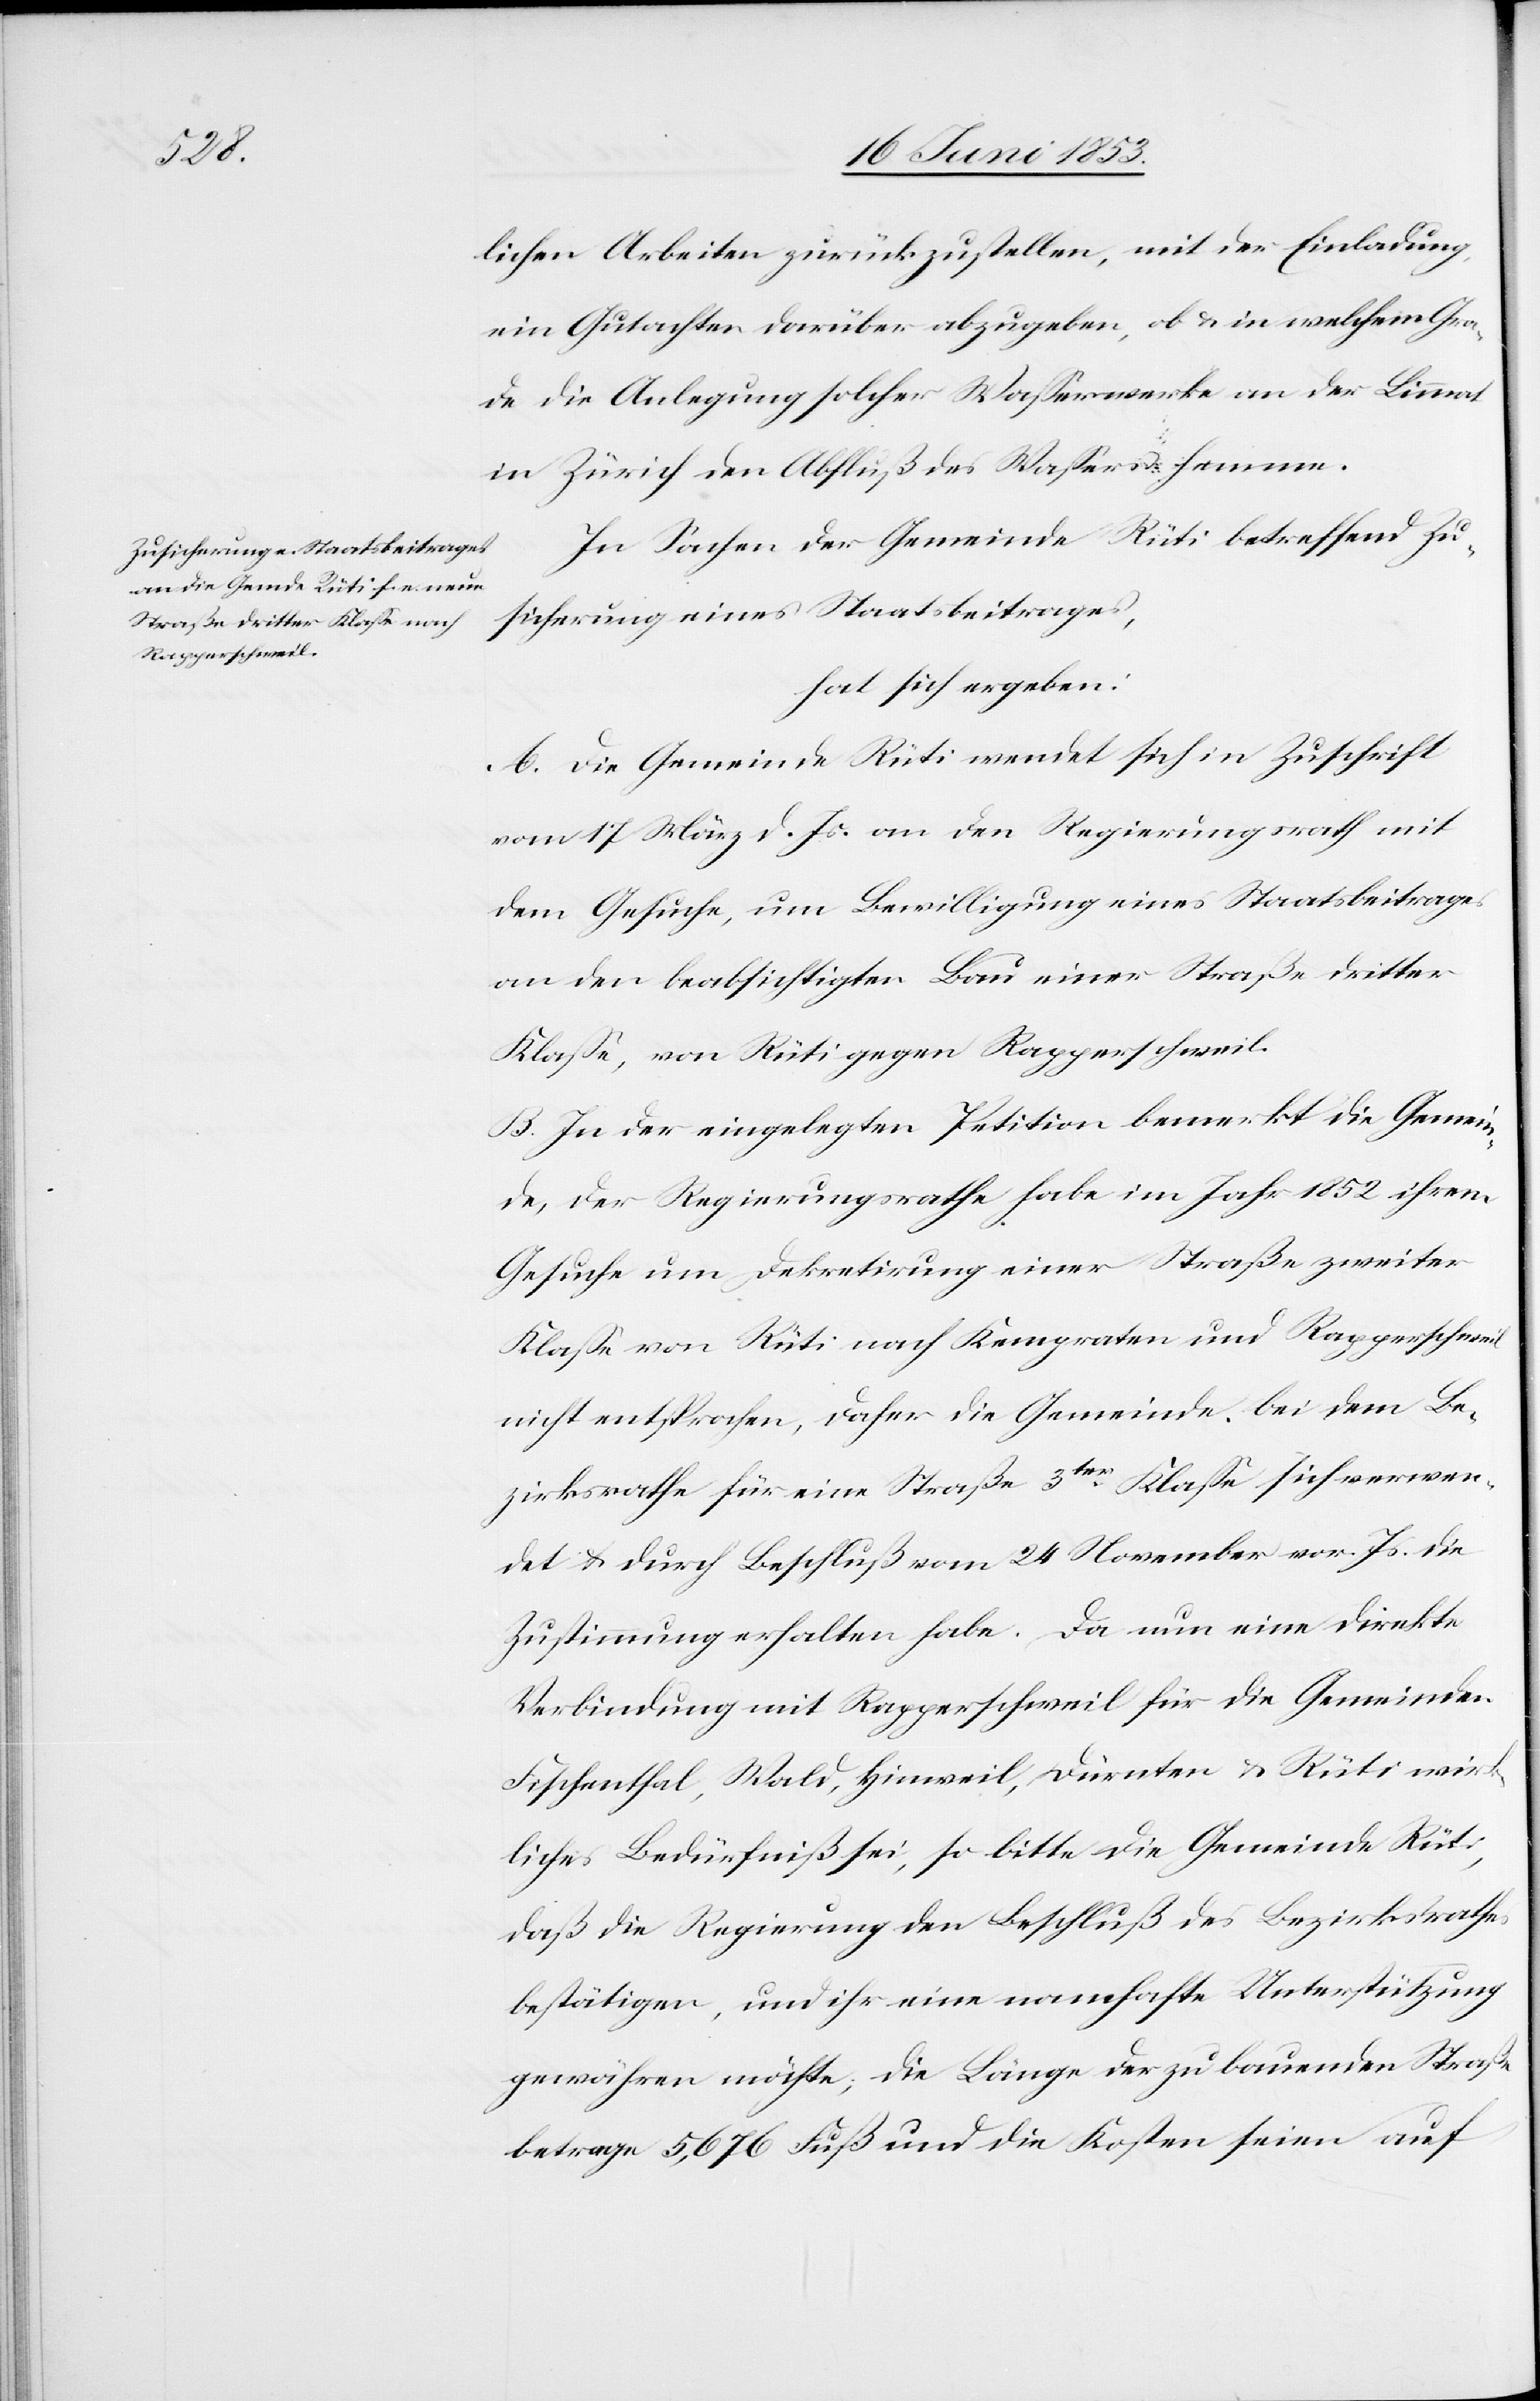
ichen Arbeiten zurückzustellen, mit der Einladung,
ein Gutachten darüber abzugeben, ob u. in welchem Gra¬
de die Anlegung solcher Waßerwerke an der Limmat
in Zürich den Abfluß des Waßers hemmen.
In Sachen der Gemeinde Rüti betreffend Zu¬
sicherung eines Staatsbeitrages,
hat sich ergeben:
A. Die Gemeinde Rüti wendet sich in Zuschrift
vom 17 März d. Js. an den Regierungsrath mit
dem Gesuche, um Bewilligung eines Staatsbeitrages
an den beabsichtigten Bau einer Straße dritter
Klaße, von Rüti gegen Rapperschweil.
B. In der eingelegten Petition bemerkt die Gemein¬
de, der Regierungsrath habe im Jahr 1852 ihrem
Gesuche um Dekretirung einer Straße zweiter
Klaße von Rüti nach Kempraten und Rapperschweil
nicht entsprochen, daher die Gemeinde, bei dem Be¬
zirksrathe für eine Straße 3ter. Klaße sich verwen¬
det u. durch Beschluß vom 24 November vor. Js. die
Zustimmung erhalten habe. Da nun eine direkte
Verbindung mit Rapperschweil für die Gemeinden
Fischenthal, Wald, Hinweil, Dürnten u. Rüti wirk¬
liches Bedürfniß sei, so bitte die Gemeinde Rüti,
daß die Regierung den Beschluß des Bezirksrathes
bestätigen, und ihr eine namhafte Unterstützung
gewähren möchte, die Länge der zu bauenden Straße
betrage 5,676 Fuß und die Kosten seien auf